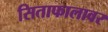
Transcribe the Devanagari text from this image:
सिताफालावर